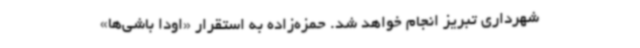
شهرداری تبریز انجام خواهد شد. حمزه‌زاده به استقرار «اودا باشی‌ها»